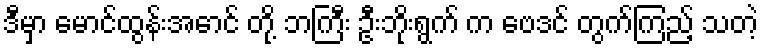
ဒီမှာ မောင်ထွန်းအောင် တို့ ဘကြီး ဦးဘိုးရွက် က ဗေဒင် တွက်ကြည့် သတဲ့